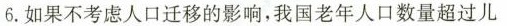
6.如果不考虑人口迁移的影响，我国老年人口数量超过儿